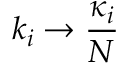
k _ { i } \to \frac { \kappa _ { i } } { N }